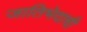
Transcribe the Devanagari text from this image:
जातिभेदाची